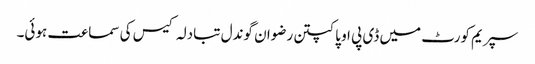
سپریم کورٹ میں ڈی پی او پاکپتن رضوان گوندل تبادلہ کیس کی سماعت ہوئی۔